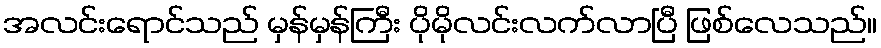
အလင်းရောင်သည် မှန်မှန်ကြီး ပိုမိုလင်းလက်လာပြီ ဖြစ်လေသည်။